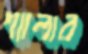
শ্যালার